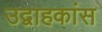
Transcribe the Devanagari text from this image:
उद्वाहकांस